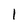
Character: I